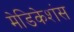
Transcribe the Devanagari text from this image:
मेडिकेशंस